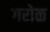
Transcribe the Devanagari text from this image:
गरोळ